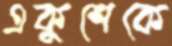
একুশেকে